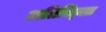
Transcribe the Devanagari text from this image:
अतिस्क्ति